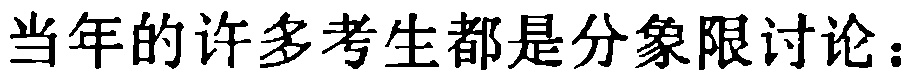
当年的许多考生都是分象限讨论：